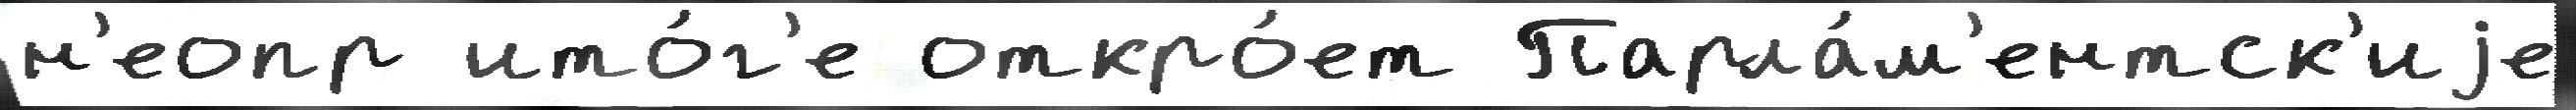
н'еопр ито́г'е откро́ет Парла́м'ентск'иjе